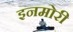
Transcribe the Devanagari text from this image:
इनमोरी